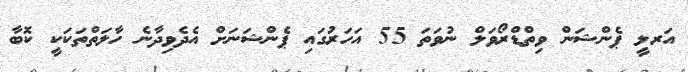
އަރލީ ޕެންޝަން ވިތްޑްރޯވަލް ނުވަތަ 55 އަހަރުގައި ޕެންޝަނަށް އެދެވިދާނެ ހާލަތްތަކަކީ ކޮބާ